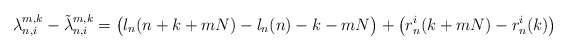
\begin{align*}\lambda_{n,i}^{m,k}-\tilde\lambda_{n,i}^{m,k}=\bigl(l_n(n+k+mN)-l_n(n)-k-mN\bigr)+\bigl(r_n^i(k+mN)-r_n^i(k)\bigr) \end{align*}